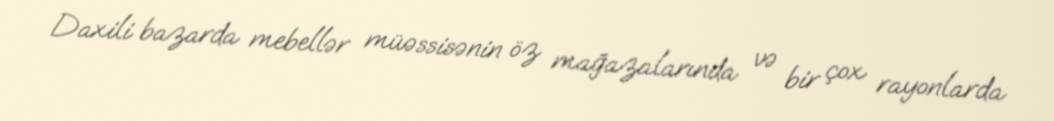
Daxili bazarda mebellər müəssisənin öz mağazalarında və bir çox rayonlarda